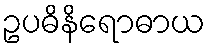
ဥပဓိနိရောဓာယ